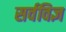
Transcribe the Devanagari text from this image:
सर्वविज्ञ